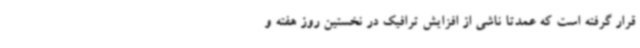
قرار گرفته است که عمدتا ناشی از افزایش ترافیک در نخستین روز هفته و